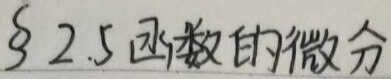
§2.5 函数的微分